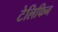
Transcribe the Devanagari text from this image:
टेलिफिन